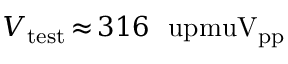
V _ { \mathrm { t e s t } } \, { \approx } \, 3 1 6 ~ \mathrm { \ u p m u V _ { p p } }